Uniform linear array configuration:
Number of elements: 24
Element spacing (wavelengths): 1
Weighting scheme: hann
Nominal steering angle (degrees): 15
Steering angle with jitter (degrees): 14.788
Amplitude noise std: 0.05
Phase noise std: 0.05

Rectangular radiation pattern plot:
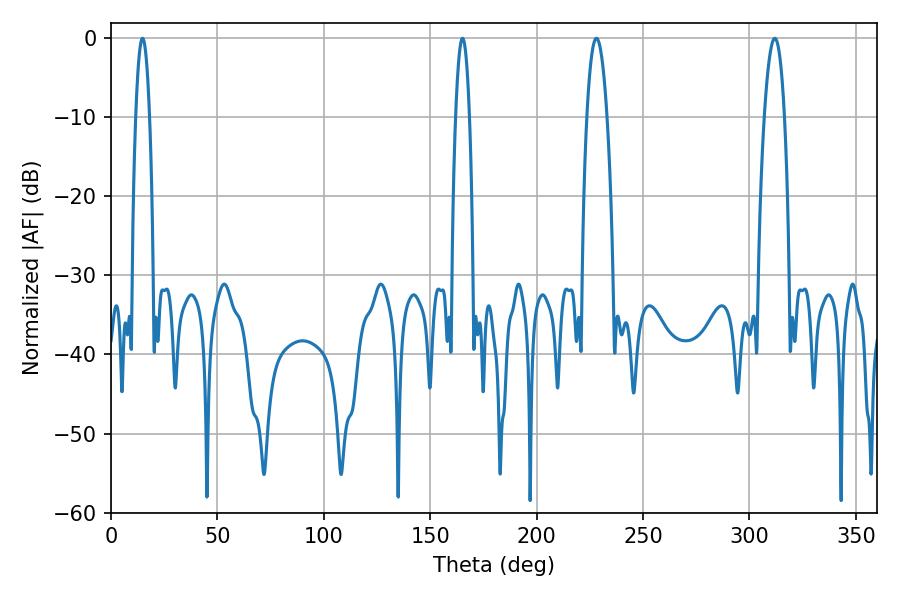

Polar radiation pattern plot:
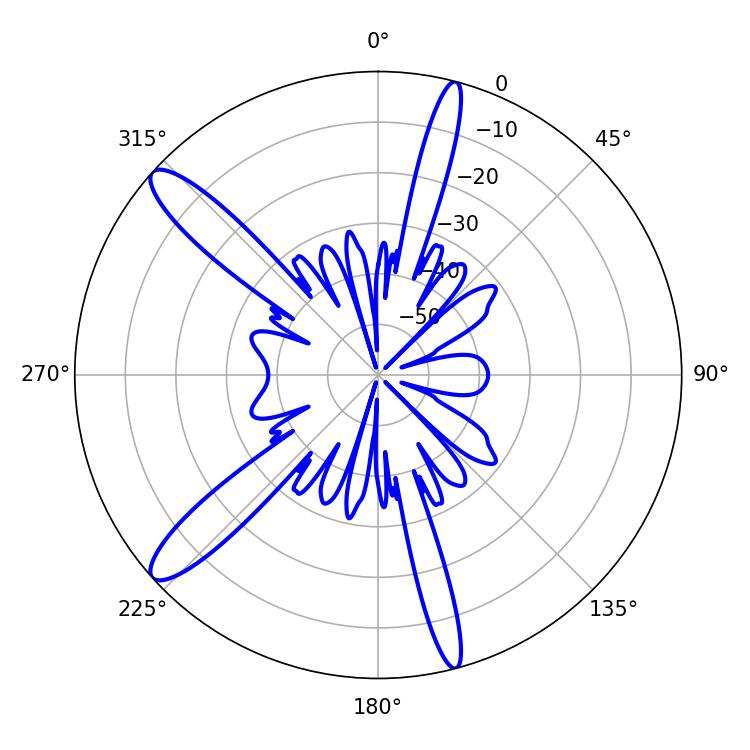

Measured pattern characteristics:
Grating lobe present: TRUE
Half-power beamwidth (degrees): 5.22
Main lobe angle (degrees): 228.06